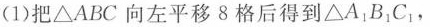
(1)把△ABC向左平移8格后得到△A^{1}B^{1}C^{1}，